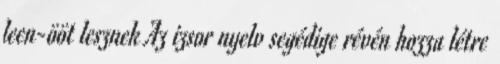
leen-ööt lesznek Az izsor nyelv segédige révén hozza létre